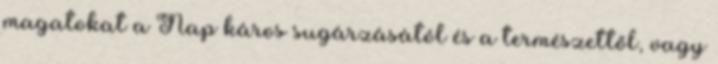
magatokat a Nap káros sugárzásától és a természettől, vagy